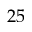
2 5